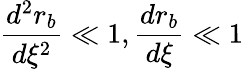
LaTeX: \frac{d^{2}r_{b}}{d\xi^{2}}\ll 1,\frac{dr_{b}}{d\xi}\ll 1